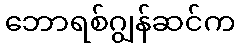
ဘောရစ်ဂျွန်ဆင်က